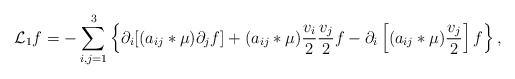
\begin{align*} \mathcal{L}_1f=-\sum_{i,j=1}^3\left\{\partial_i[(a_{ij}*\mu)\partial_jf]+(a_{ij}*\mu)\frac{v_i}{2}\frac{v_j}{2}f-\partial_i\left[(a_{ij}*\mu)\frac{v_j}{2}\right]f\right\},\end{align*}